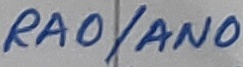
Text: RA0/AN0